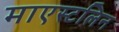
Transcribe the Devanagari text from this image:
माएस्टलिन